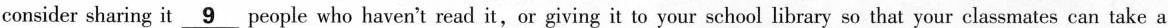
consider sharing it \underline{9} people who haven't read it,or giving it to your school library so that your classmates can take a